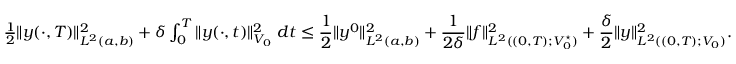
\begin{array} { r } { \frac 1 2 \| y ( \cdot , T ) \| _ { L ^ { 2 } ( a , b ) } ^ { 2 } + \delta \int _ { 0 } ^ { T } \| y ( \cdot , t ) \| _ { V _ { 0 } } ^ { 2 } \; d t \leq \displaystyle \frac { 1 } { 2 } \| y ^ { 0 } \| _ { L ^ { 2 } ( a , b ) } ^ { 2 } + \frac { 1 } { 2 \delta } \| f \| _ { L ^ { 2 } ( ( 0 , T ) ; V _ { 0 } ^ { \star } ) } ^ { 2 } + \frac { \delta } { 2 } \| y \| _ { L ^ { 2 } ( ( 0 , T ) ; V _ { 0 } ) } ^ { 2 } . } \end{array}